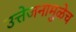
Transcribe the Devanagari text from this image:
उत्तेजनामुळेच